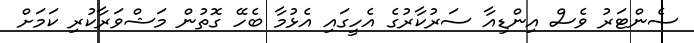
ސެންޓަރު ވެސް އިންޑިއާ ސަރުކާރުގެ އެހީގައި އެޅުމާ ބެހޭ ގޮތުން މަޝްވަރާކުރި ކަމަށް